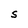
Character: S